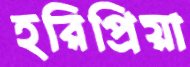
হরিপ্রিয়া